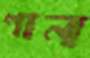
পান